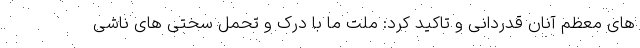
های معظم آنان قدردانی و تاکید کرد: ملت ما با درک و تحمل سختی های ناشی